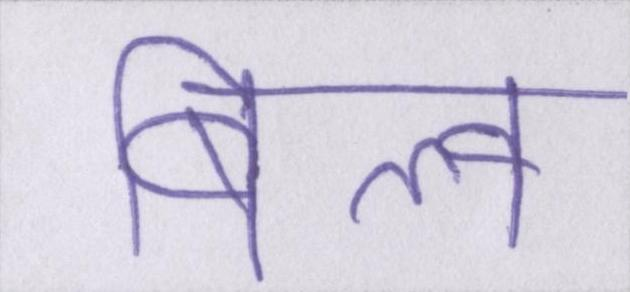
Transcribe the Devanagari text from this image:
बिल्व